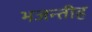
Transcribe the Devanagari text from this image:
भजन्तीह